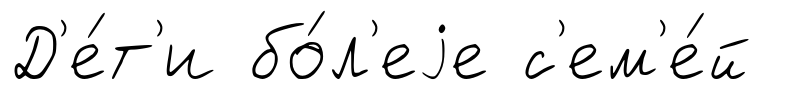
Д'е́т'и бо́л'еjе с'ем'е́й